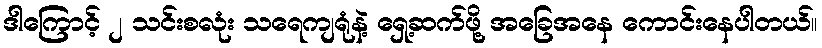
ဒါကြောင့် ၂ သင်းစလုံး သရေကျရုံနဲ့ ရှေ့ဆက်ဖို့ အခြေအနေ ကောင်းနေပါတယ်။